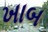
ખાબ